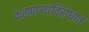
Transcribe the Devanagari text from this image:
करणार्‍यांविरोधात